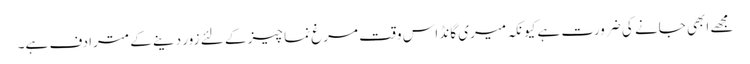
مجھے ابھی جانے کی ضرورت ہے کیونکہ میری گانڈ اس وقت مرغ نما چیز کے لئے زور دینے کے مترادف ہے۔